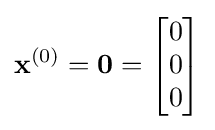
\mathbf {x} ^{(0)}=\mathbf {0} ={\begin{bmatrix}0\\0\\0\\\end{bmatrix}}